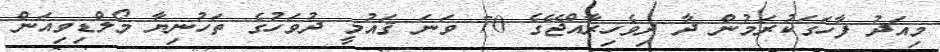
މިއަދު ފާހަގަކުރަމުން ދާ ދިވެހިރާއްޖޭގެ 70 ވަނަ ޤައުމީ ދުވަހުގެ ތަހުނިޔާ މޯލްޑިވިއަން